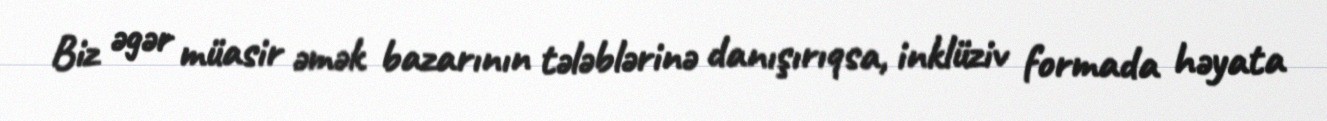
Biz əgər müasir əmək bazarının tələblərinə danışırıqsa, inklüziv formada həyata